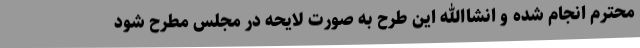
محترم انجام شده و انشاالله این طرح به صورت لایحه در مجلس مطرح شود